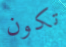
تكون